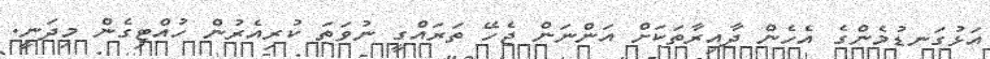
އަޅުގަނޑުމެންގެ އެހެން ދާއިރާތަކަށް އަންނަން ޖެހޭ ތަރައްގީ ނުވަތަ ކުރިއެރުން ހުއްޓިގެން މިދަނީ.